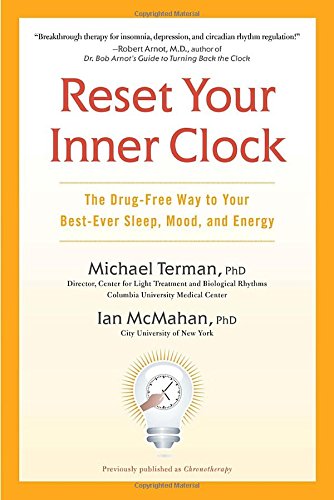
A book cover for Reset Your Inner Clock: The Drug-Free Way to Your Best-Ever Sleep, Mood, and Energy; Michael Terman Ph.D.; Health, Fitness & Dieting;